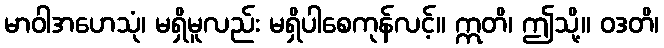
မာဝါအဟေသုံ၊ မရှိမူလည်း မရှိပါစေကုန်လင့်။ ဣတိ၊ ဤသို့။ ဝဒတိ၊